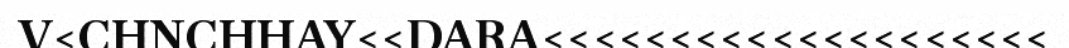
V<CHNCHHAY<<DARA<<<<<<<<<<<<<<<<<<<<